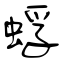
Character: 蜉